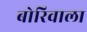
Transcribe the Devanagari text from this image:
बोरिवाला